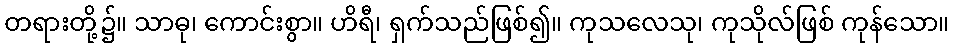
တရားတို့၌။ သာဓု၊ ကောင်းစွာ။ ဟိရီ၊ ရှက်သည်ဖြစ်၍။ ကုသလေသု၊ ကုသိုလ်ဖြစ် ကုန်သော။